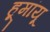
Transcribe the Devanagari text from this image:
हूमांयू